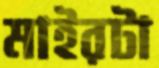
মাইরটা